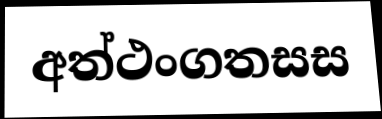
අත්ථංගතසස